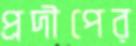
প্রদীপের